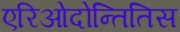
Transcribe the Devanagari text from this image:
एरिओदोन्तितिस